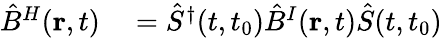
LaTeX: \begin{array}{rl}{\hat{B}^{H}({\mathbf r},t)}&{{}=\hat{S}^{\dagger}(t,t_{0})\hat{B}^{I}({\mathbf r},t)\hat{S}(t,t_{0})}\end{array}